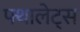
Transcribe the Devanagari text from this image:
फ्थालेट्स